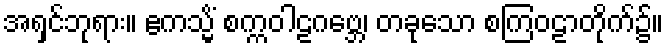
အရှင်ဘုရား။ ဧကသ္မိံ စက္ကဝါဠဂဗ္ဘေ၊ တခုသော စကြဝဠာတိုက်၌။